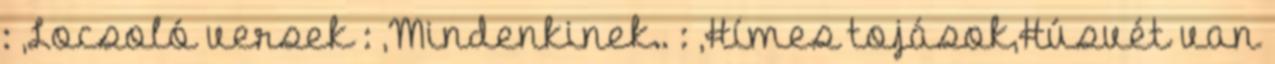
: ,Locsoló versek : ,Mindenkinek.. : ,Hímes tojások,Húsvét van